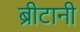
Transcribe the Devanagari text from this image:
ब्रीटानी